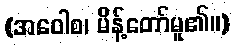
(အဝေါစ၊ မိန့်တော်မူ၏။)